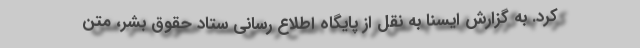
کرد. به گزارش ایسنا به نقل از پایگاه اطلاع رسانی ستاد حقوق بشر، متن